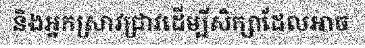
និងអ្នកស្រាវជ្រាវដើម្បីសិក្សាដែលអាច